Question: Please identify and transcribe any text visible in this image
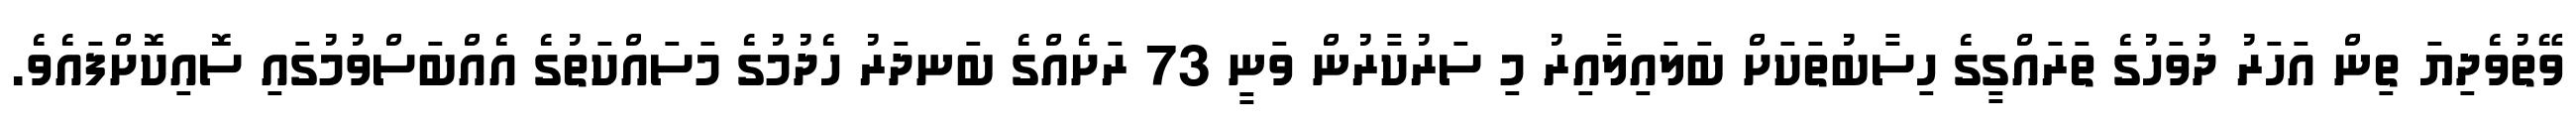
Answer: ވޭތުވެދިޔަ ތިން އަހަރު ދުވަހުގެ ތަރައްގީގެ ހިސާބުތަކަށް ބަލައިލާއިރު މި ސަރުކާރުން ވަނީ 73 ރަށެއްގެ ބަނދަރު ހެދުމުގެ މަސައްކަތުގެ އެއްބަސްވުމުގައި ސޮއިކޮށްފައެވެ.